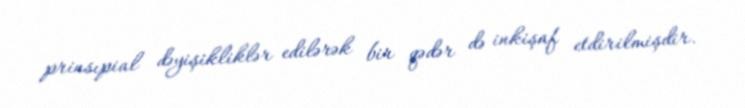
prinsıpial dəyişikliklər edilərək bir qədər də inkişaf etdirilmişdir.